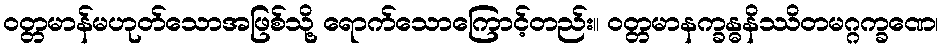
ဝတ္တမာန်မဟုတ်သောအဖြစ်သို့ ရောက်သောကြောင့်တည်း။ ဝတ္တမာနက္ခန္ဓနိဿိတမဂ္ဂက္ခဏေ၊